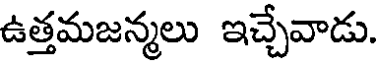
ఉత్తమజన్మలు ఇచ్చేవాడు.